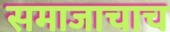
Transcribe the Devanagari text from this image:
समाजाचाच